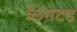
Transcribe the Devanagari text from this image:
लिमेटड